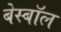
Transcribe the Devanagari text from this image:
बेस्बॉल